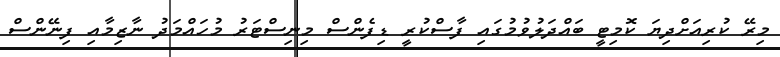
މިރޭ ކުރިއަށްދިޔަ ކޮމިޓީ ބައްދަލުވުމުގައި ފާސްކުރީ ޑިފެންސް މިނިސްޓަރު މުހައްމަދު ނާޒިމާއި ފިނޭންސް